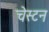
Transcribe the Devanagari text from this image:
चेस्टन